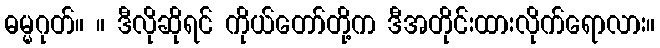
ဓမ္မဂုတ်။ ။ ဒီလိုဆိုရင် ကိုယ်တော်တို့က ဒီအတိုင်းထားလိုက်ရောလား။